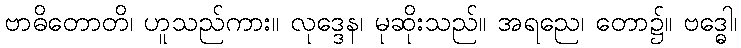
ဗာဓိတောတိ၊ ဟူသည်ကား။ လုဒ္ဒေန၊ မုဆိုးသည်။ အရညေ၊ တော၌။ ဗဒ္ဓေါ၊